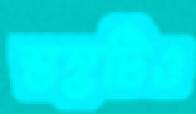
স্তম্ভটিও